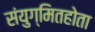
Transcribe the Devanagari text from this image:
संयुग्मितहोता